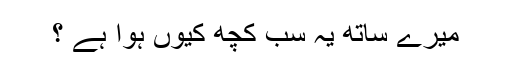
میرے ساتھ یہ سب کچھ کیوں ہوا ہے ؟